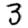
Digit: 3